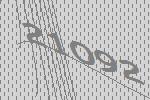
21092